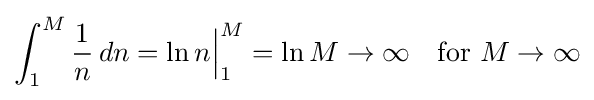
\int _{1}^{M}{\frac {1}{n}}\,dn=\ln n{\Bigr |}_{1}^{M}=\ln M\to \infty \quad {\text{for }}M\to \infty